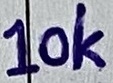
Text: 10K